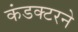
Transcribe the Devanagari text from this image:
कंडक्टरने